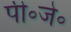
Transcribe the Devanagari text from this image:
पी॰जे॰